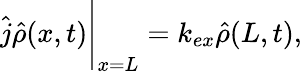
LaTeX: \hat{j}\hat{\rho}(x,t)\Bigg|_{x=L}=k_{ex}\hat{\rho}(L,t),